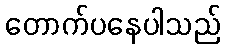
တောက်ပနေပါသည်